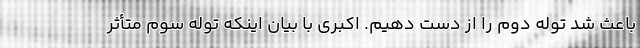
باعث شد توله دوم را از دست دهیم. اکبری با بیان اینکه توله سوم متأثر